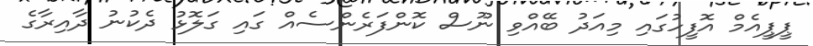
ޕީޕީއެމް އޮފީހުގައި މިއަދު ބޭއްވި ނޫސް ކޮންފަރެންސެއް ގައި ގަލޮޅު ދެކުނު ދާއިރާގެ